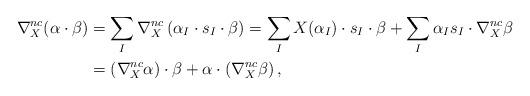
LaTeX: \begin{align*}\nabla^{nc}_X(\alpha \cdot \beta)& = \sum_I \nabla_X^{nc}\left(\alpha_I \cdot s_I \cdot \beta \right) = \sum_I X(\alpha_I) \cdot s_I \cdot \beta + \sum_I \alpha_I s_I \cdot \nabla^{nc}_X \beta \\&=\left(\nabla_X^{nc}\alpha \right) \cdot \beta + \alpha \cdot \left(\nabla_X^{nc}\beta \right),\end{align*}